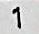
1